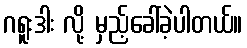
ဂရူးဒါး လို့ မှည့်ခေါ်ခဲ့ပါတယ်။